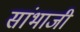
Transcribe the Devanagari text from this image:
सांभाजी